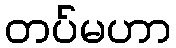
တပ်မဟာ